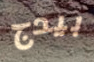
بيدج